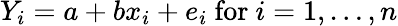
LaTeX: Y_{i}=a+bx_{i}+e_{i}{\mathrm{~for~}}i=1,\dots,n